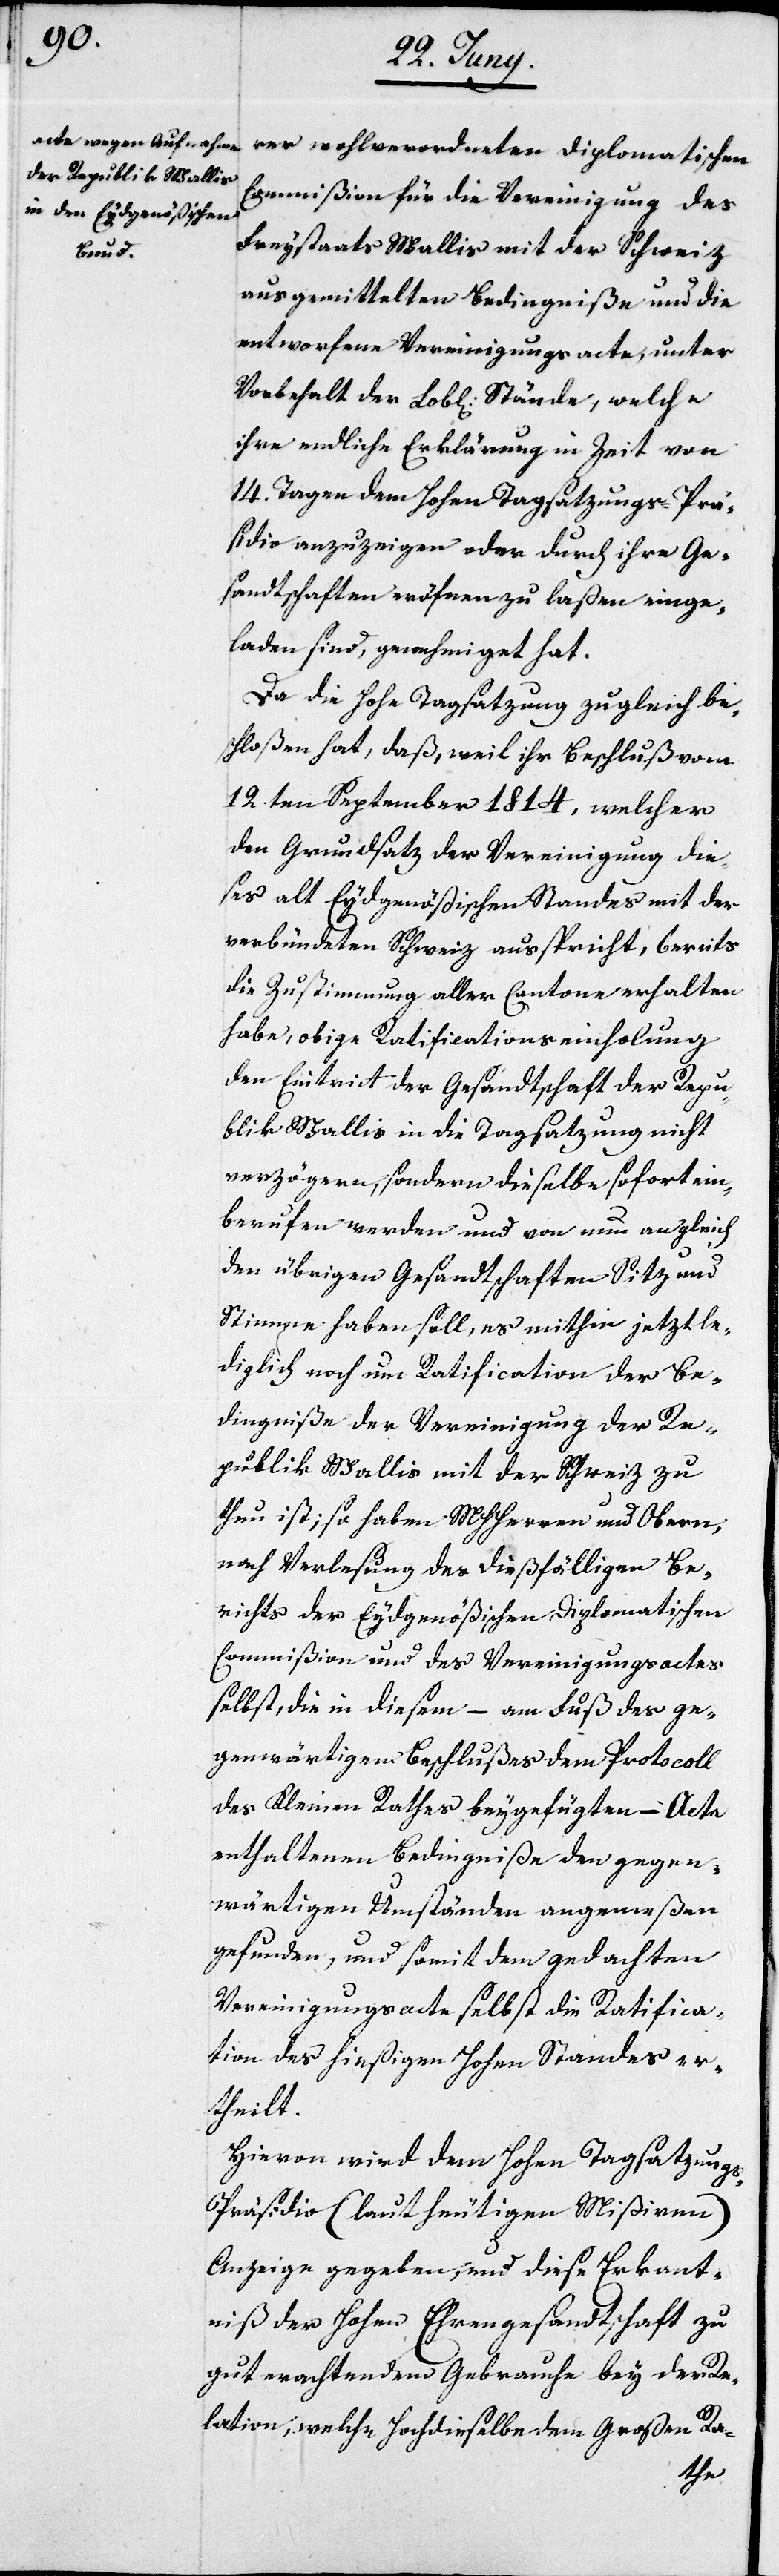
welche

rer wohlverordneten Diplomatischen
Commißion für die Vereinigung des
Freystaats Wallis mit der Schweiz
ausgemittelten Bedingniße und die
entworfenen Vereinigungsacten, unter
ihre endliche Erklärung in Zeit von
14. Tagen dem Hohen Tagsatzungs-Prä¬
sidio anzeigen oder durch ihre Ge¬
sandtschaften eröf[f]nen zu laßen einge¬
laden sind, genehmiget hat.
Da die Hohe Tagsatzung zugleich be¬
schloßen hat, daß, weil ihr Beschluß vom
12.ten September 1814, welcher
den Grundsatz der Vereinigung die¬
ses alt Eydgenößischen Standes mit der
verbündeten Schweiz ausspricht, bereits
die Zustimmung aller Cantone erhalten
habe, obige Ratificationseinholung
den Eintrit der Gesandtschaft der Repu¬
blik Wallis in die Tagsatzung nicht
verzögern, sondern dieselbe sofort ein¬
berufen werden und von nun an gleich
den übrigen Gesandtschaften Sitz und
Stimme haben soll, es mithin jetzt le¬
diglich noch um Ratification der Be¬
dingniße der Vereinigung der Re¬
publik Wallis mit der Schweiz zu
thun ist; so haben MHHerren und Obern,
nach Verlesung des dießfälligen Be¬
richts der Eydgenößischen Diplomatischen
Commißion und des Vereinigungsactes
selbst, die in diesem – am Fuß des ge¬
genwärtigen Beschlußes dem Protocoll
des Kleinen Raths beygefügten – Acte
enthaltenen Bedingniße den gegen¬
wärtigen Umständen angemeßen
gefunden, und somit dem gedachten
Vereinigungsacte selbst die Ratifica¬
tion des hießigen Hohen Standes er¬
theilt.
Hievon wird dem Hohen Tagsatzung¬
s-Präsidio (laut heutigen Mißiven)
Anzeige gegeben, und diese Erkan[n]t¬
niß der Hohen Ehrengesandtschaft zu
gut erachtendem Gebrauche bey der Re¬
lation, welche Hochdieselbe dem Großen Ra-